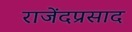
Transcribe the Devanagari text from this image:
राजेंदप्रसाद